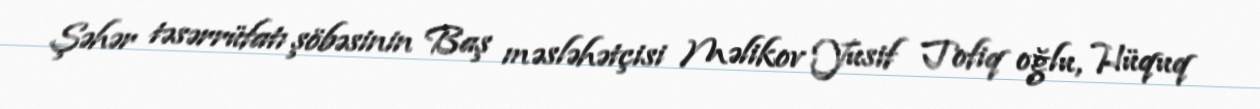
Şəhər təsərrüfatı şöbəsinin Baş məsləhətçisi Məlikov Yusif Tofiq oğlu, Hüquq